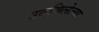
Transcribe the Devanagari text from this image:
उठविलेल्या